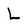
Character: L